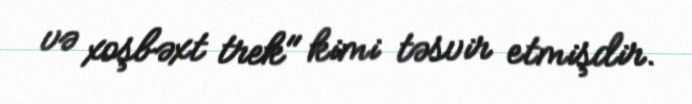
və xoşbəxt trek" kimi təsvir etmişdir.